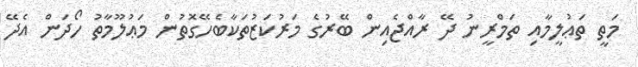
މަތީ ތަޢުލީމާއި ތަމްރީނު ދޭ ރާއްޖެއިން ބޭރުގެ މަރުކަޒުތަކާބެހޭގޮތުން މަޢުލޫމާތު ހޯދަން އެދޭ